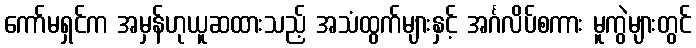
ကော်မရှင်က အမှန်ဟုယူဆထားသည့် အသံထွက်များနှင့် အင်္ဂလိပ်စကား မူကွဲများတွင်